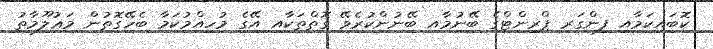
ކޮބައިކަމާއި ފިންގަރ ޕްރިންޓްގެ ބޭނުމާއި ބޭނުންކުރެވޭ ގޮތްތަކާއި އޭގެ މުހިއްމުކަމާ ބެހޭގޮތުން މަޢުލޫމާތު